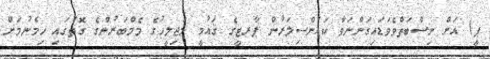
ޕީ) އަށް ނިސްބަތްވެވަޑައިގަންނަވާ ކައުންސިލަރުން ޕާރޓީގެ ޤައުމީ މަޖިލީހުގެ މެމްބަރުންގެ ގޮތުގައި ހިމެނުމަށް